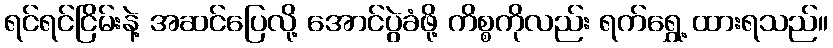
ရင်ရင်ငြိမ်းနဲ့ အဆင်ပြေလို့ အောင်ပွဲခံဖို့ ကိစ္စကိုလည်း ရက်ရွှေ့ ထားရသည်။